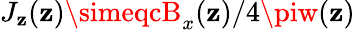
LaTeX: J_{\mathbf{z}}(\mathbf{z})\simeqcB_{x}(\mathbf{z})/4\piw(\mathbf{z})